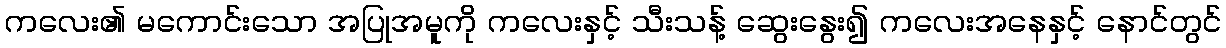
ကလေး၏ မကောင်းသော အပြုအမူကို ကလေးနှင့် သီးသန့် ဆွေးနွေး၍ ကလေးအနေနှင့် နောင်တွင်